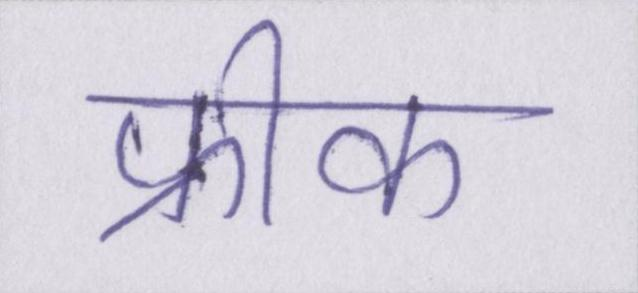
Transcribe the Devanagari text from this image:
फ्रीक